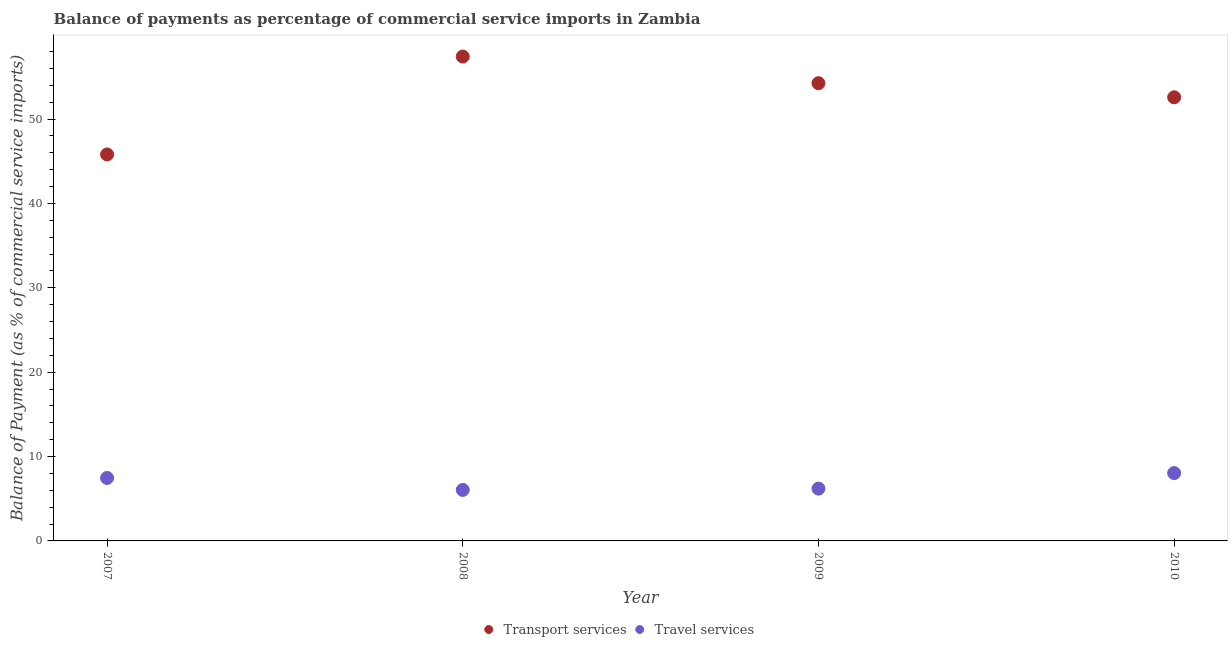
| Year | Transport services | Travel services |
 | --- | --- | --- |
 | 2007 | 45.8 | 7.46 |
 | 2008 | 57.4 | 6.05 |
 | 2009 | 54.3 | 6.2 |
 | 2010 | 52.6 | 8.04 |